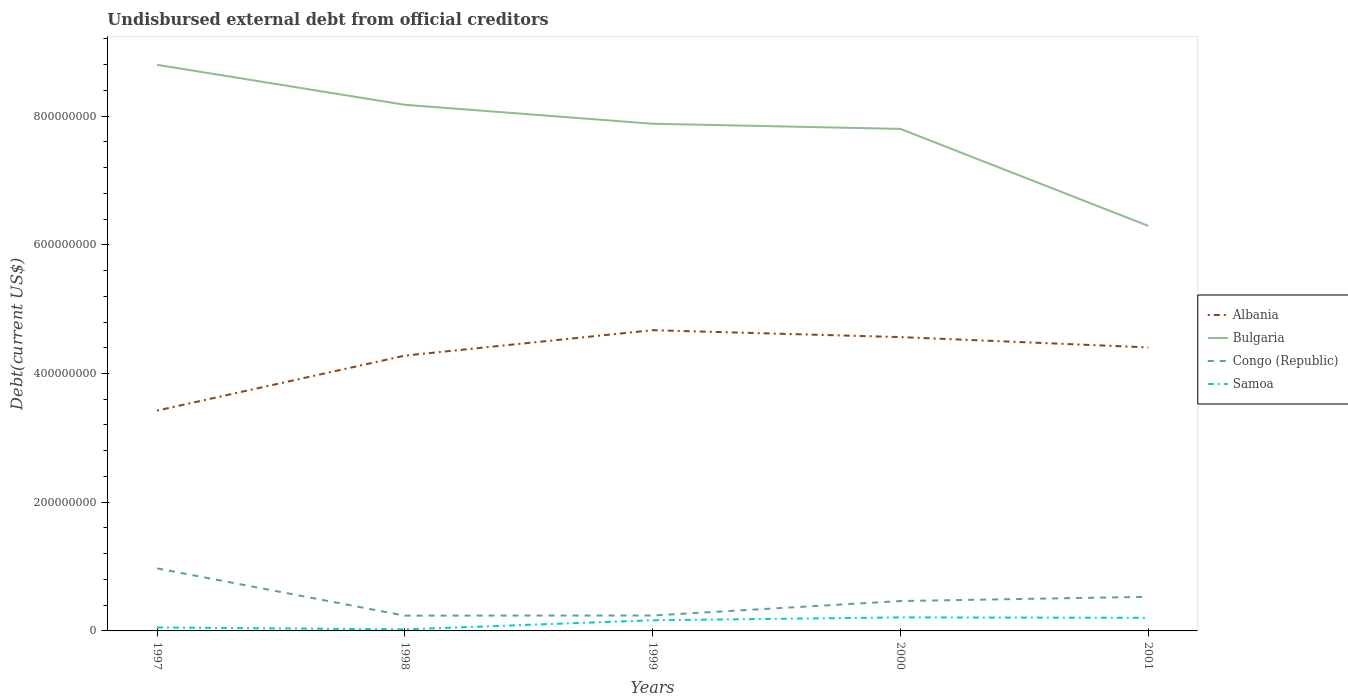
| Years | Albania | Bulgaria | Congo (Republic) | Samoa |
 | --- | --- | --- | --- | --- |
 | 1997 | 3.42e+08 | 8.8e+08 | 9.72e+07 | 5.4e+06 |
 | 1998 | 4.28e+08 | 8.18e+08 | 2.37e+07 | 2.42e+06 |
 | 1999 | 4.67e+08 | 7.88e+08 | 2.4e+07 | 1.66e+07 |
 | 2000 | 4.57e+08 | 7.8e+08 | 4.64e+07 | 2.1e+07 |
 | 2001 | 4.41e+08 | 6.29e+08 | 5.3e+07 | 2.04e+07 |